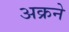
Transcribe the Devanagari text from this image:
अक्रने